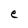
Character: e